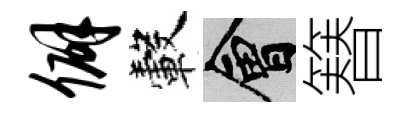
僻轂會簮